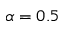
\alpha = 0 . 5